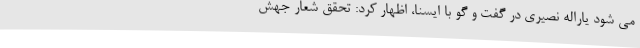
می شود یاراله نصیری در گفت و گو با ایسنا، اظهار کرد: تحقق شعار جهش